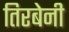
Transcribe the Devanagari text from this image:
तिरबेनी